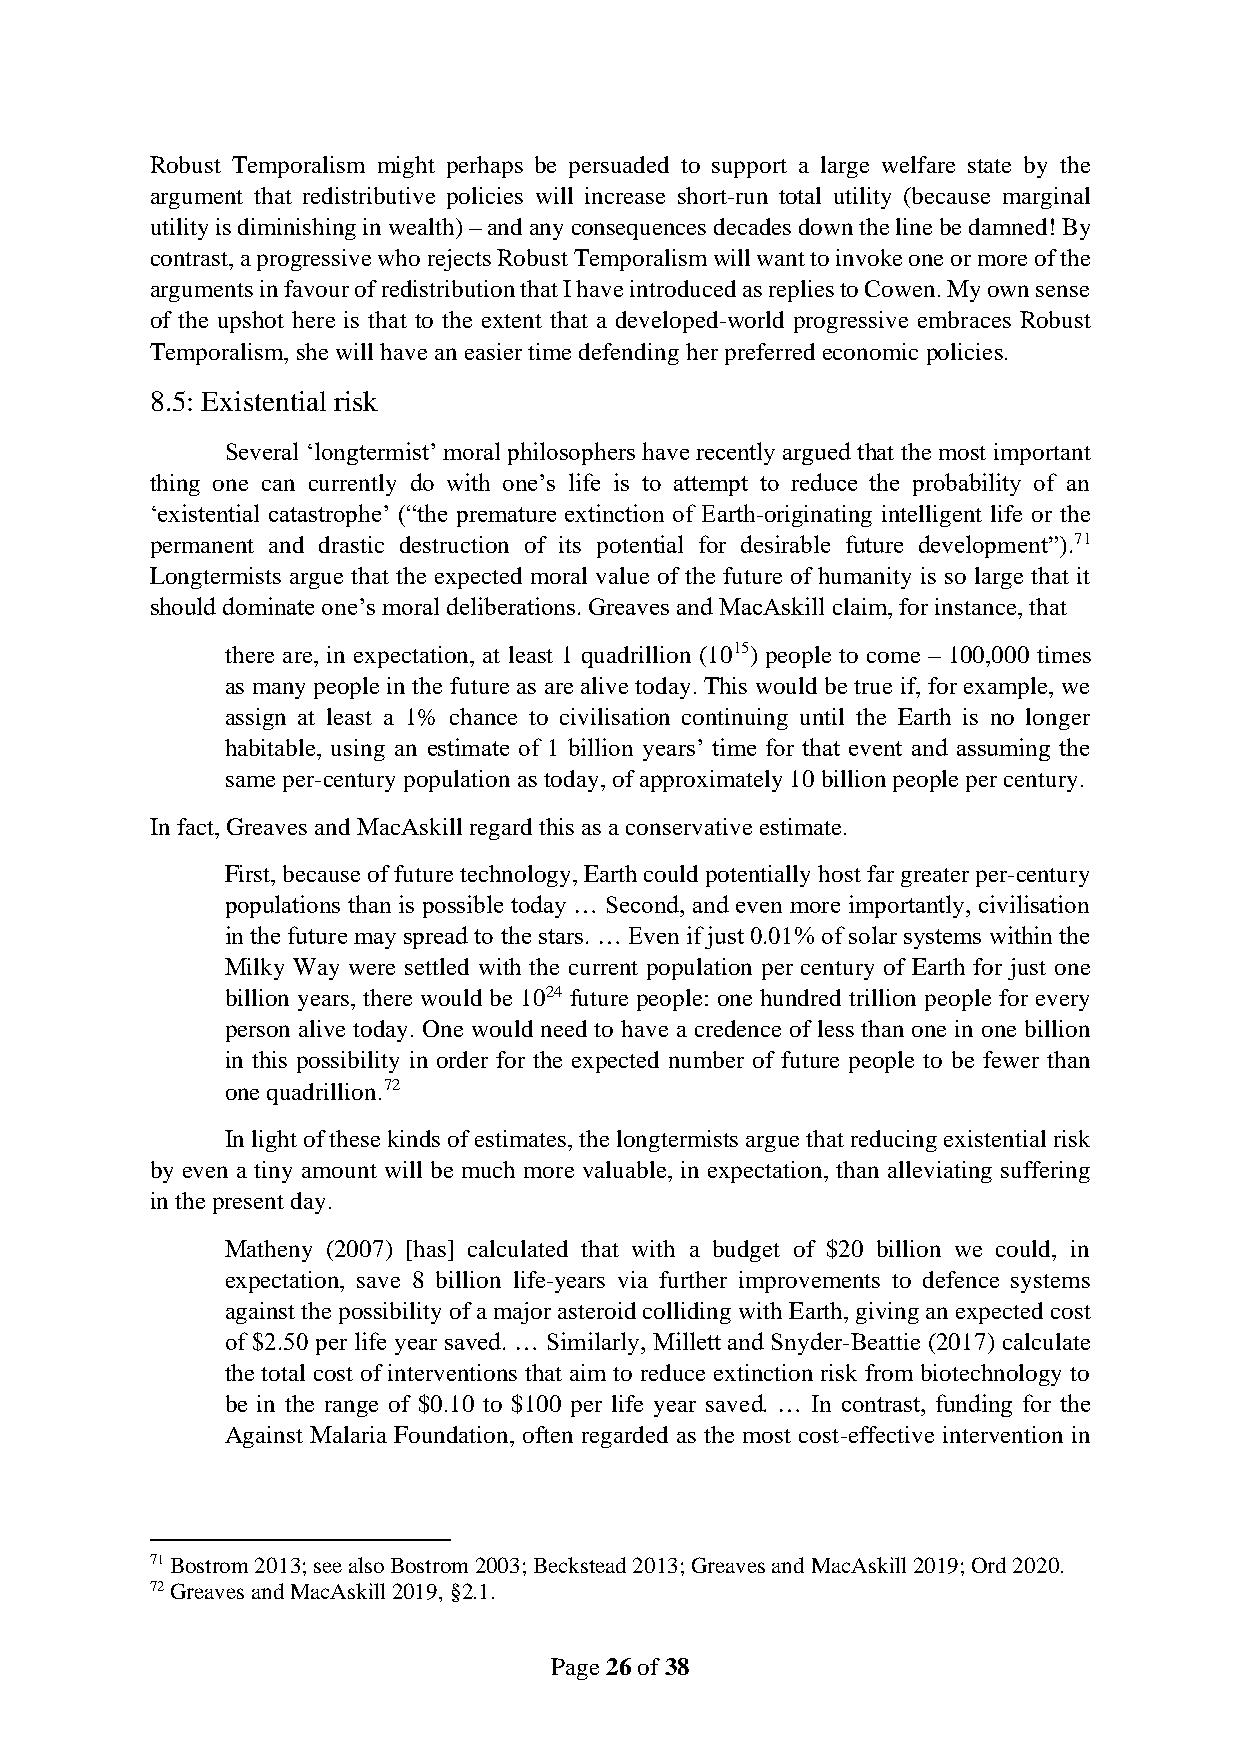
Robust Temporalism might perhaps be persuaded to support a large welfare state by the
 argument that redistributive policies will increase short-run total utility (because marginal
 utility is diminishing in wealth) – and any consequences decades down the line be damned! By
 contrast, a progressive who rejects Robust Temporalism will want to invoke one or more of the
 arguments in favour of redistribution that I have introduced as replies to Cowen. My own sense
 of the upshot here is that to the extent that a developed-world progressive embraces Robust
 Temporalism, she will have an easier time defending her preferred economic policies.
 8.5: Existential risk
 Several ‘longtermist’ moral philosophers have recently argued that the most important
 thing one can currently do with one’s life is to attempt to reduce the probability of an
 ‘existential catastrophe’ (“the premature extinction of Earth-originating intelligent life or the
 permanent and drastic destruction of its potential for desirable future development”).71
 Longtermists argue that the expected moral value of the future of humanity is so large that it
 should dominate one’s moral deliberations. Greaves and MacAskill claim, for instance, that
 there are, in expectation, at least 1 quadrillion (1015) people to come – 100,000 times
 as many people in the future as are alive today. This would be true if, for example, we
 assign at least a 1% chance to civilisation continuing until the Earth is no longer
 habitable, using an estimate of 1 billion years’ time for that event and assuming the
 same per-century population as today, of approximately 10 billion people per century.
 In fact, Greaves and MacAskill regard this as a conservative estimate.
 First, because of future technology, Earth could potentially host far greater per-century
 populations than is possible today … Second, and even more importantly, civilisation
 in the future may spread to the stars. … Even if just 0.01% of solar systems within the
 Milky Way were settled with the current population per century of Earth for just one
 billion years, there would be 1024 future people: one hundred trillion people for every
 person alive today. One would need to have a credence of less than one in one billion
 in this possibility in order for the expected number of future people to be fewer than
 one quadrillion.72
 In light of these kinds of estimates, the longtermists argue that reducing existential risk
 by even a tiny amount will be much more valuable, in expectation, than alleviating suffering
 in the present day.
 Matheny (2007) [has] calculated that with a budget of $20 billion we could, in
 expectation, save 8 billion life-years via further improvements to defence systems
 against the possibility of a major asteroid colliding with Earth, giving an expected cost
 of $2.50 per life year saved. … Similarly, Millett and Snyder-Beattie (2017) calculate
 the total cost of interventions that aim to reduce extinction risk from biotechnology to
 be in the range of $0.10 to $100 per life year saved. … In contrast, funding for the
 Against Malaria Foundation, often regarded as the most cost-effective intervention in
 71 Bostrom 2013; see also Bostrom 2003; Beckstead 2013; Greaves and MacAskill 2019; Ord 2020.
 72 Greaves and MacAskill 2019, §2.1.
 Page 26 of 38